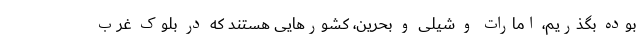
بوده بگذریم، امارات و شیلی و بحرین، کشورهایی هستند که در بلوک غرب